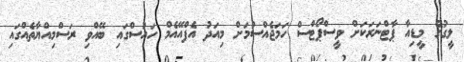
ލީގުގެ މީޑިއާ ޕާޓްނަރަކަށް ވީސްޕޯޓްސް ހަމަޖެއްސުމަށް މިއަދު އެފްއޭއެމް ހައުސްގައި ބޭއްވި ރަސްމިއްޔާތެއްގައި